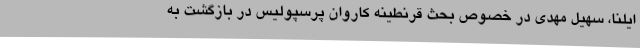
ایلنا، سهیل مهدی در خصوص بحث قرنطینه کاروان پرسپولیس در بازگشت به